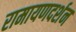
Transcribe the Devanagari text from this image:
रामायणदर्शन